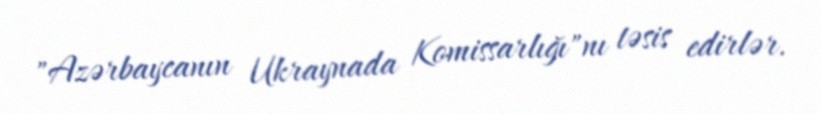
"Azərbaycanın Ukraynada Komissarlığı"nı təsis edirlər.